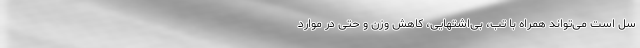
سل است می‌تواند همراه با تب، بی‌اشتهایی، کاهش وزن و حتی در موارد